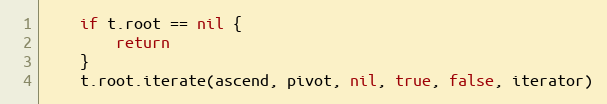
Language: Go
	if t.root == nil {
		return
	}
	t.root.iterate(ascend, pivot, nil, true, false, iterator)